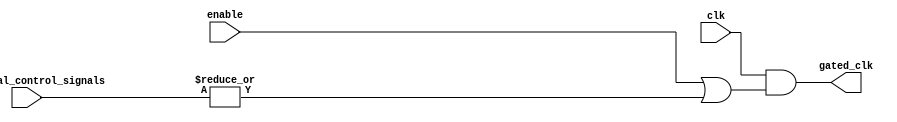
module clock_gating (
    input wire clk,                         // Main clock signal
    input wire enable,                      // Enable signal for memory block
    input wire [N-1:0] additional_control_signals, // Additional control signals
    output wire gated_clk                   // Gated clock output
);

parameter N = 2; // Number of additional control signals; adjust as needed

// Internal signal for OR logic
wire or_signal;

// Combine enable signal with additional control signals
assign or_signal = enable | |additional_control_signals;

// Generate the gated clock signal
assign gated_clk = clk & or_signal; // Gated clock is the main clock ANDed with the ORed signals

endmodule